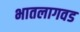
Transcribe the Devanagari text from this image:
भातलागवड